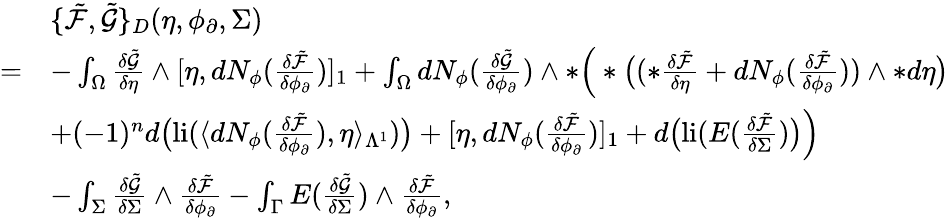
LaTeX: \begin{array}{rl}&{\{ \tilde{\mathcal{F}},\tilde{\mathcal{G}}\} _{D}(\eta,\phi_{\partial},\Sigma)}\\ {=}&{-\int_{\Omega}\frac{\delta\tilde{\mathcal{G}}}{\delta\eta}\wedge[\eta,dN_{\phi}(\frac{\delta\tilde{\mathcal{F}}}{\delta\phi_{\partial}})]_{1}+\int_{\Omega}dN_{\phi}(\frac{\delta\tilde{\mathcal{G}}}{\delta\phi_{\partial}})\wedge\ast\Big(\ast\big((\ast\frac{\delta\tilde{\mathcal{F}}}{\delta\eta}+dN_{\phi}(\frac{\delta\tilde{\mathcal{F}}}{\delta\phi_{\partial}}))\wedge\ast d\eta\big)}\\ &{+(-1)^{n}d\big(\mathrm{li}(\langle dN_{\phi}(\frac{\delta\tilde{\mathcal{F}}}{\delta\phi_{\partial}}),\eta\rangle_{\Lambda^{1}})\big)+[\eta,dN_{\phi}(\frac{\delta\tilde{\mathcal{F}}}{\delta\phi_{\partial}})]_{1}+d\big(\mathrm{li}(E(\frac{\delta\tilde{\mathcal{F}}}{\delta\Sigma})\big)\Big)}\\ &{-\int_{\Sigma}\frac{\delta\tilde{\mathcal{G}}}{\delta\Sigma}\wedge\frac{\delta\tilde{\mathcal{F}}}{\delta\phi_{\partial}}-\int_{\Gamma}E(\frac{\delta\tilde{\mathcal{G}}}{\delta\Sigma})\wedge\frac{\delta\tilde{\mathcal{F}}}{\delta\phi_{\partial}},}\end{array}